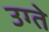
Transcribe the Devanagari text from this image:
उग्ते